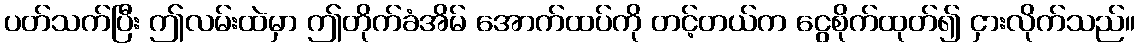
ပတ်သက်ပြီး ဤလမ်းထဲမှာ ဤတိုက်ခံအိမ် အောက်ထပ်ကို တင့်တယ်က ငွေစိုက်ထုတ်၍ ငှားလိုက်သည်။